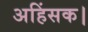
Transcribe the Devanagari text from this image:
अहिंसक।